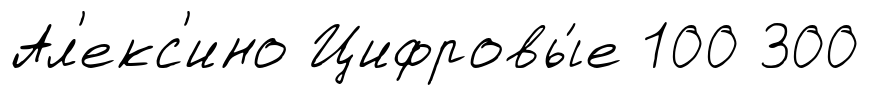
Ал'екс'ино Цифровы́е 100 300